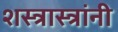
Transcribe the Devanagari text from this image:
शस्त्रास्त्रांनी